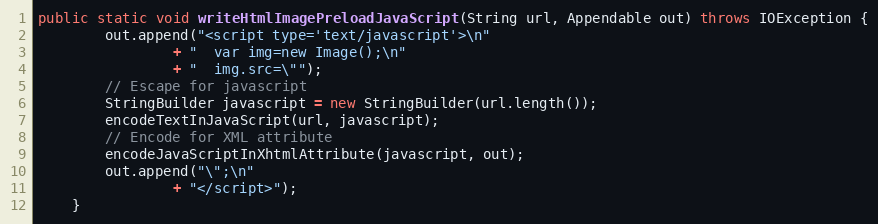
Language: Java
public static void writeHtmlImagePreloadJavaScript(String url, Appendable out) throws IOException {
		out.append("<script type='text/javascript'>\n"
				+ "  var img=new Image();\n"
				+ "  img.src=\"");
		// Escape for javascript
		StringBuilder javascript = new StringBuilder(url.length());
		encodeTextInJavaScript(url, javascript);
		// Encode for XML attribute
		encodeJavaScriptInXhtmlAttribute(javascript, out);
		out.append("\";\n"
				+ "</script>");
	}